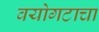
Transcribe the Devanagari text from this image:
वयोगटाचा